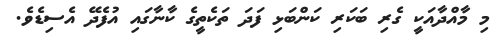
މި މާއްދާއަކީ ގެރި ބަކަރި ކަންބަޅި ފަދަ ތަކެތީގެ ކާނާގައި އުފެދޭ އެސިޑެވެ.